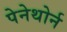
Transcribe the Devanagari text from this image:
पेनेथोर्न